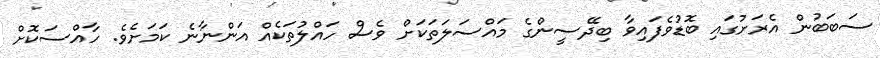
ސަބަބުން އެރަށުގައި ބޮޑުވެފައިވާ ބިދޭސީންގެ މައްސަލަތަކަށް ވެސް ހައްލުތަކެއް އަންނާނެ ކަމަށެވެ. ހާއްސަކޮށް